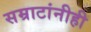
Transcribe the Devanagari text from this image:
सम्राटांनीही